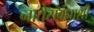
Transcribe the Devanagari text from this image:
नातेसंबंधाशी